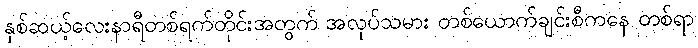
နှစ်ဆယ့်လေးနာရီတစ်ရက်တိုင်းအတွက် အလုပ်သမား တစ်ယောက်ချင်းစီကနေ တစ်ရာ